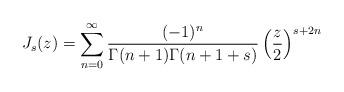
LaTeX: \begin{align*}J_s(z)=\sum_{n=0}^{\infty}\frac{(-1)^n}{\Gamma(n+1)\Gamma(n+1+s)}\left(\frac{z}{2}\right)^{s+2n}\end{align*}